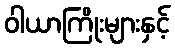
ဝါယာကြိုးများနှင့်